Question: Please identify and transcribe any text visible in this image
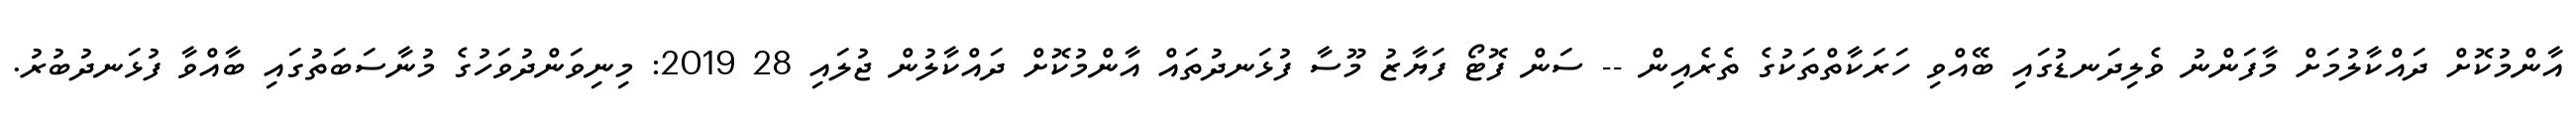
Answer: އާންމުކޮށް ދައްކާލުމަށް މާފަންނު ވެލިދަނޑުގައި ބޭއްވި ހަރަކާތްތަކުގެ ތެރެއިން -- ސަން ފޮޓޯ ފަޔާޒު މޫސާ ފުޅަނދުތައް އާންމުކޮށް ދައްކާލުން ޖުލައި 28 2019: މިނިވަންދުވަހުގެ މުނާސަބަތުގައި ބާއްވާ ފުޅަނދުބުރު.